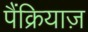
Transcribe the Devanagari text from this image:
पैंक्रियाज़